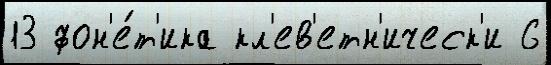
13 фон'е́т'ика кл'ев'етн'ическ'и 6